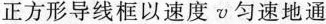
正方形导线框以速度v匀速地通